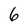
Character: 6